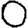
Digit: 0